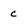
Character: C